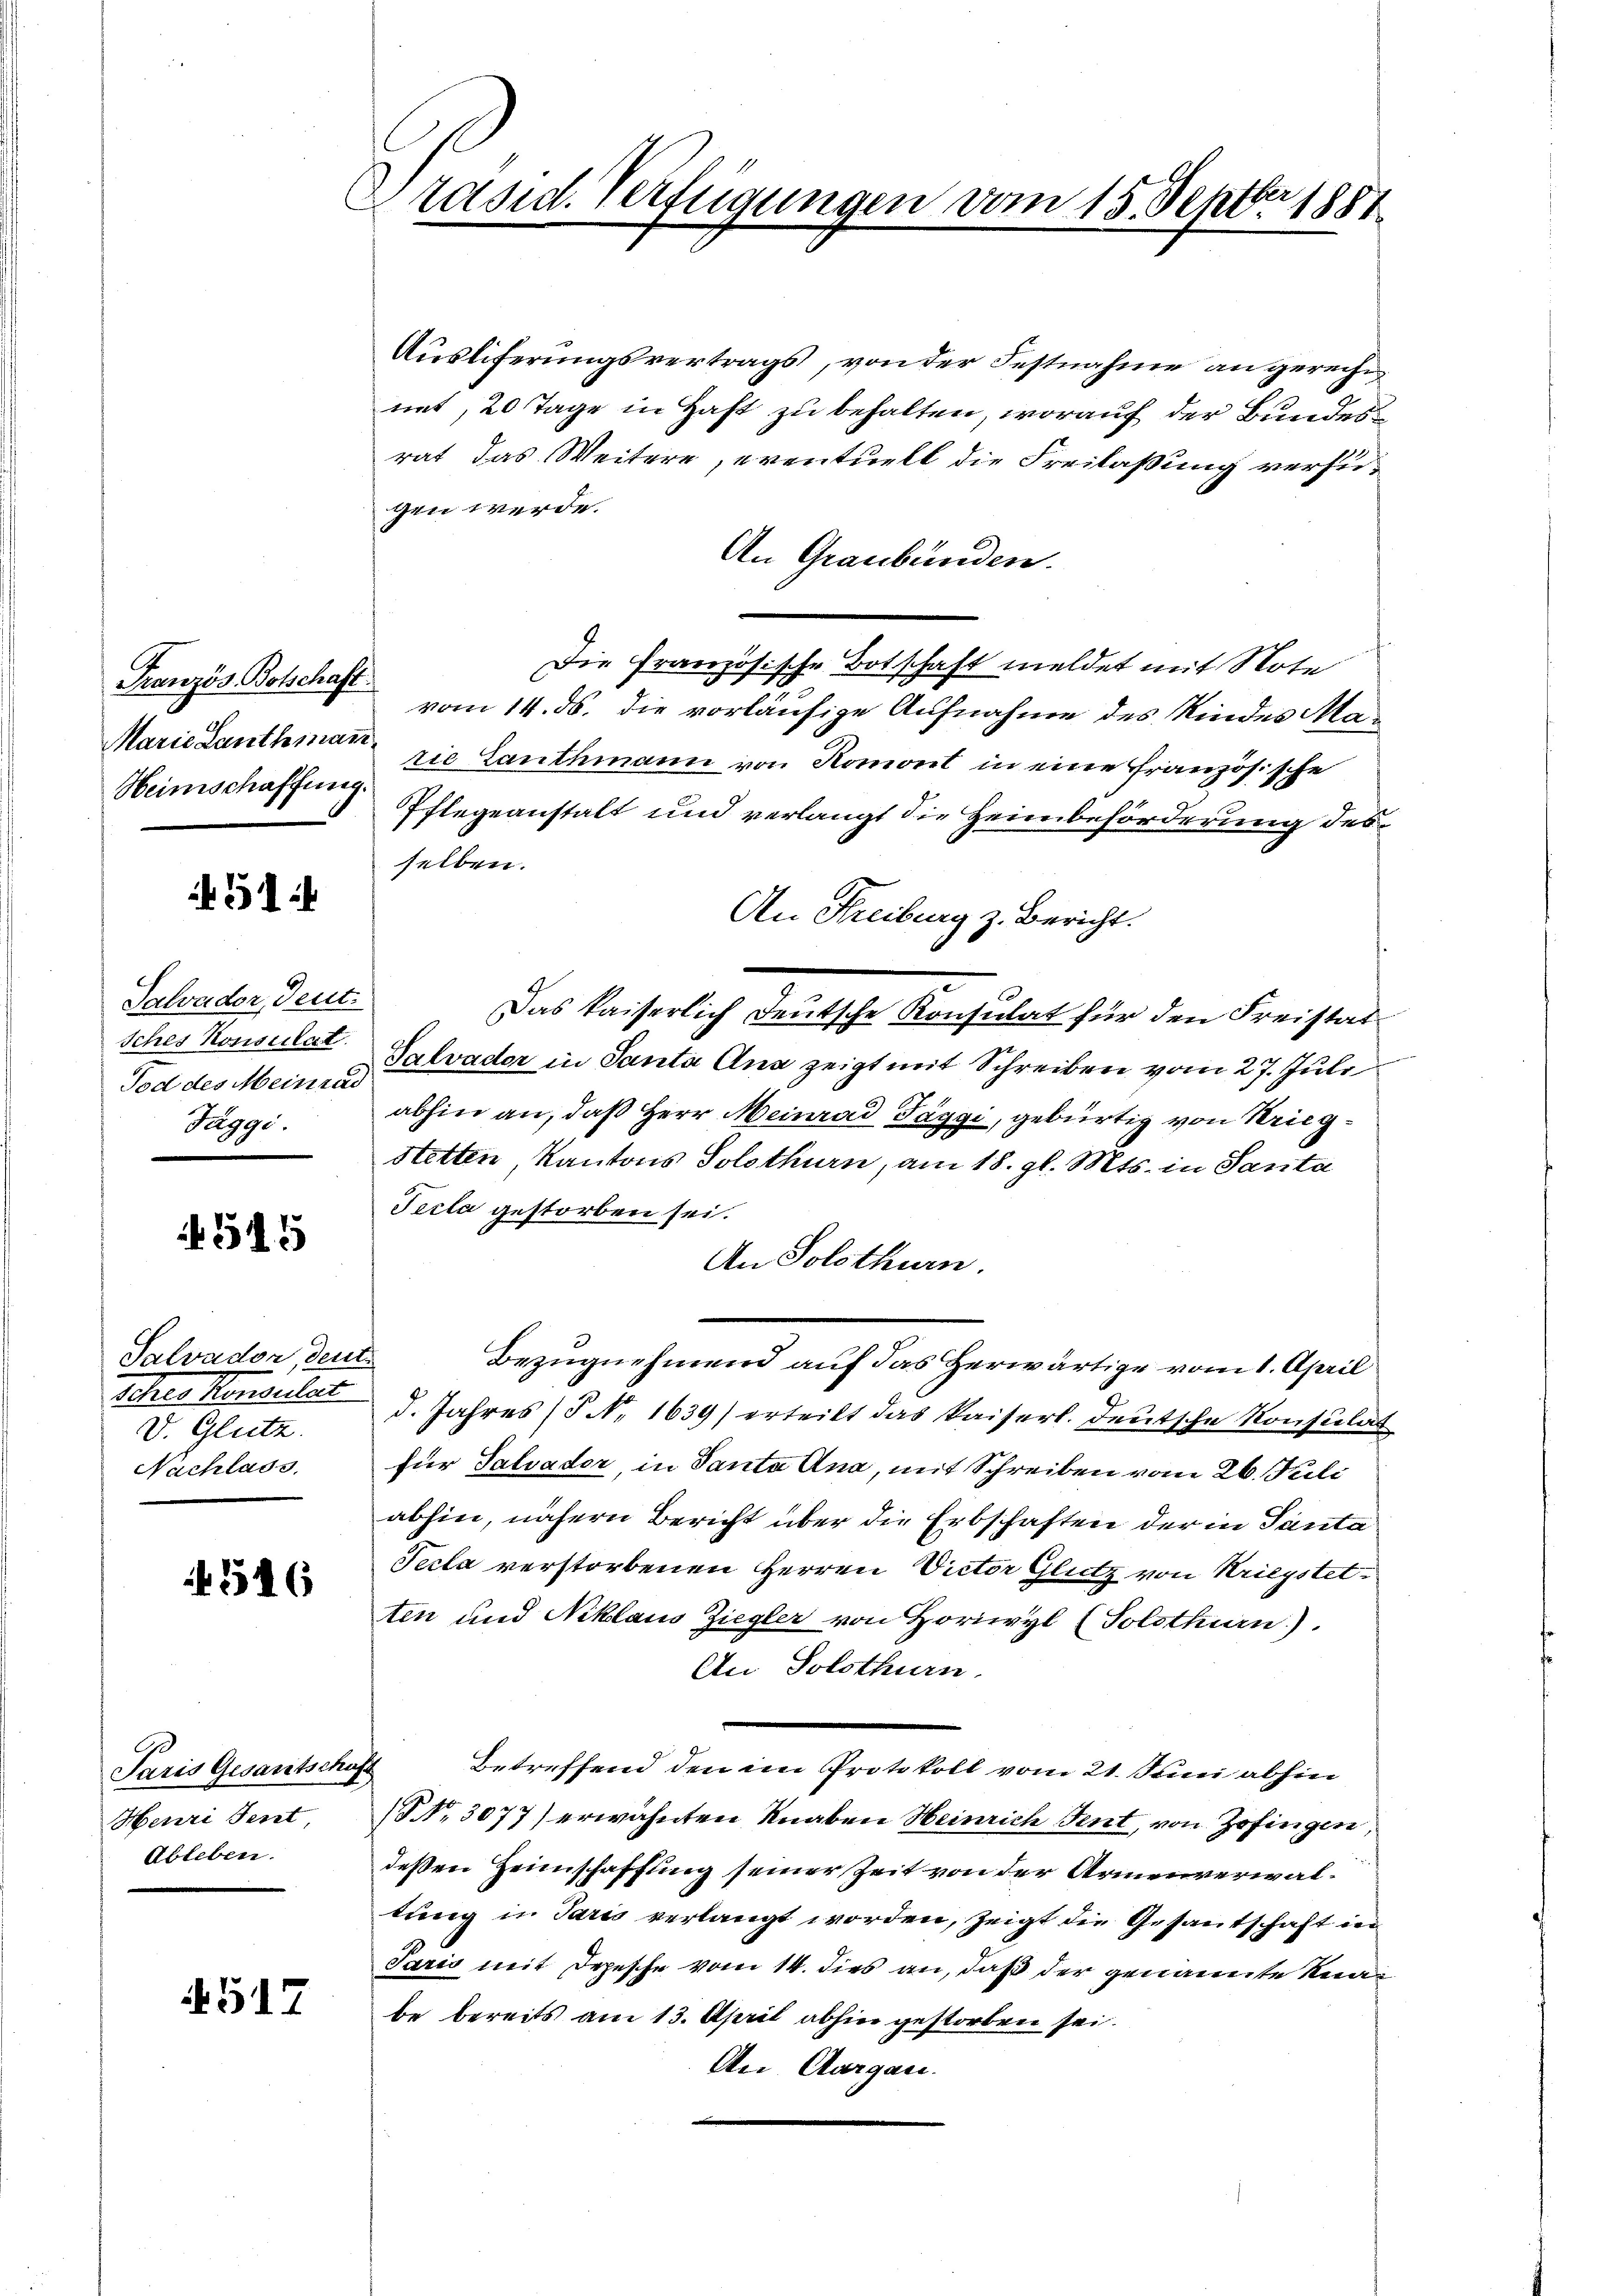
Französ. Botschaft
Marie Lanthman
Heimschaffung.

514

Salvador, Deut
Iches Konsulat
Tod des Meinrad
Täggi.

545

Salvador, deut
Schres Konsulat
V. Glutz.
Nachlass,

546

Henri Tent,
Ableben.

517

Präsid. Verfügungen vom 15. Septbr 1881

Auslieferungsvertrags, von der Festnahme angerechn
met, 20 Tage in Haft zu behalten, worauf der Bundesrat das Weitere, eventuell die Freilaßung versugen werde.
An Graubünden.
Die Französische Botschaft meldet mit Note
vom 14. ds. die vorläufige Aufnahme des Kindes Marie Lauthmann von Romont in eine Französische
Pflegeanstalt und verlangt die Heimbeförderung des
selben.
An Freiburg z. Bericht.
Das kaiserlich Deutsche Konsulat für den Freistat¬
Salvader in Santa Ana zeigt mit Schreiben vom 27. Juli
abhin an, daß Herr Meinrad Täggi, gebürtig von Krieg¬
Stetten, Kantons Solothurn, am 18. gl. Mts. in Santa
Pecla gestorben sei.
An Solothurn.
Bezugnehmend auf das Herwärtige vom 1. April
d. Jahres (T No. 1639) erteilt das kaiserl. deutsche Konsulat
für Salvader, in Santa Ana, mit Schreiben vom 26. Juli
abhin, nähern Bericht über die Erbschaften der in Panta
Pecta verstorbenen Herren Victor Glutz von Kriegstet
ten und Niklaus Ziegler von Horwyl (Solothurn).
An Solothurn.
Paris Gesantschaft Betreffend den im Protokoll vom 21. Sei abhin
 No. 3077) erwähnten Knaben Heinrich Tent, von Zofingen,
deßen Heimschaffung seiner Zeit von der Armenverwaltung in Paris verlangt worden, zeigt die Gesantschaft in
Sario mit Depesche vom 14. dies an, daß der genannte Kna
be bereits am 13. April abhin gestorben sei.
An Aargau.

a